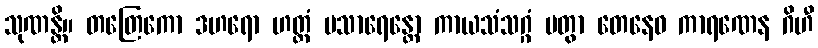
သုဏန္တိ။ တတြေကော ဒဟရော ဟတ္ထံ ပသာရေန္တော ကာယသံသဂ္ဂံ ပတွာ တေနေဝ ကာရဏေန ဂိဟီ